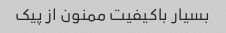
بسیار باکیفیت ممنون از پیک